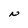
Character: N